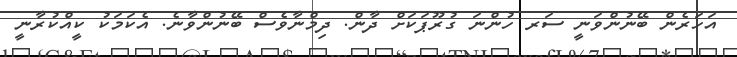
އަހަރެން ބޭނުންވަނީ ސަރ ހުންނަ ގުރޫޕަކަށް ދާން. ދިމްނާވެސް ބޭނުންވާނެ. އެކަމަކު ކީއްކުރާނީ